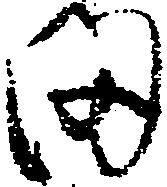
ま